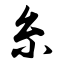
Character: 糸